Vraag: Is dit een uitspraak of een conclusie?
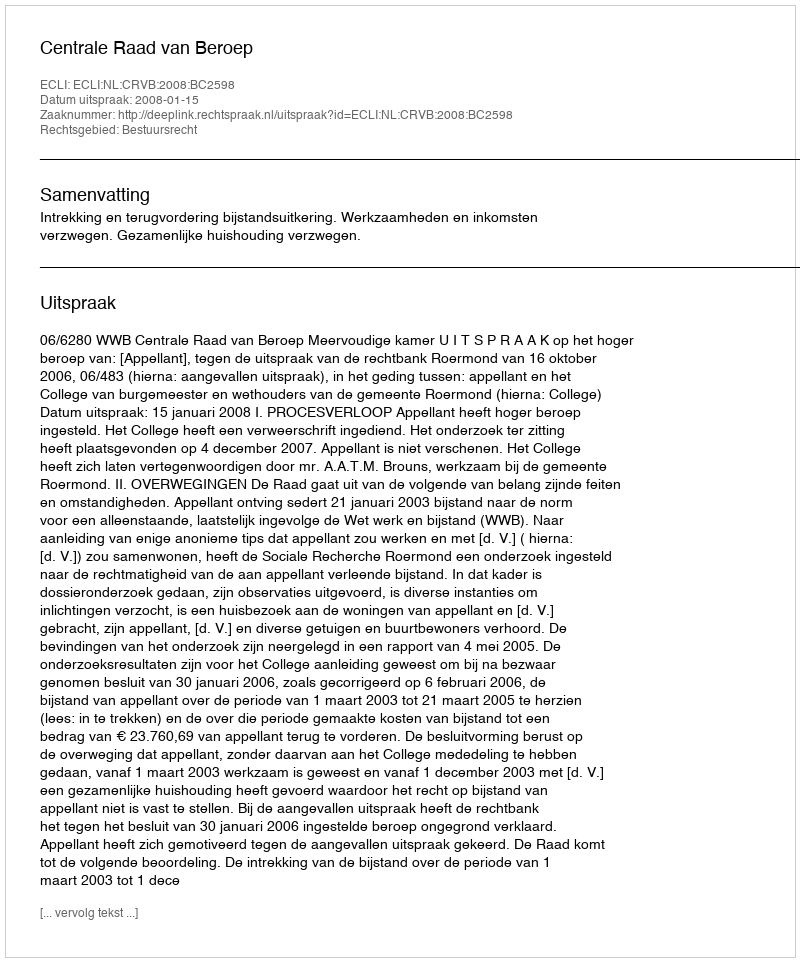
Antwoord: Uitspraak